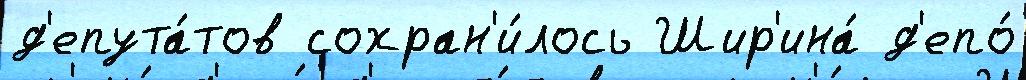
д'епута́тов сохран'и́лось Шир'ина́ д'епо́